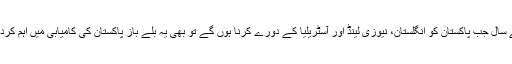
امید ہے کہ اگلے سال جب پاکستان کو انگلستان، نیوزی لینڈ اور آسٹریلیا کے دورے کرنا ہوں گے تو بھی یہ بلّے باز پاکستان کی کامیابی میں اہم کردار ادا کریں گے۔